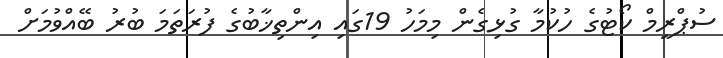
ސުޕްރީމް ކޯޓުގެ ހުކުމާ ގުޅިގެން މިމަހު 19ގައި އިންތިޚާބުގެ ފުރަތަމަ ބުރު ބޭއްވުމަށް